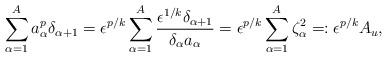
LaTeX: \begin{align*} \sum_{\alpha = 1}^A a_\alpha^p \delta_{\alpha+1} = \epsilon^{p/k} \sum_{\alpha=1}^A \frac{ \epsilon^{1/k} \delta_{\alpha+1}}{ \delta_\alpha a_\alpha} = \epsilon^{p/k} \sum_{\alpha=1}^A \zeta_\alpha^2 =: \epsilon^{p/k} A_u, \end{align*}